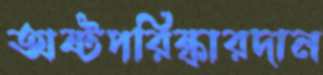
অষ্টপরিষ্কারদান